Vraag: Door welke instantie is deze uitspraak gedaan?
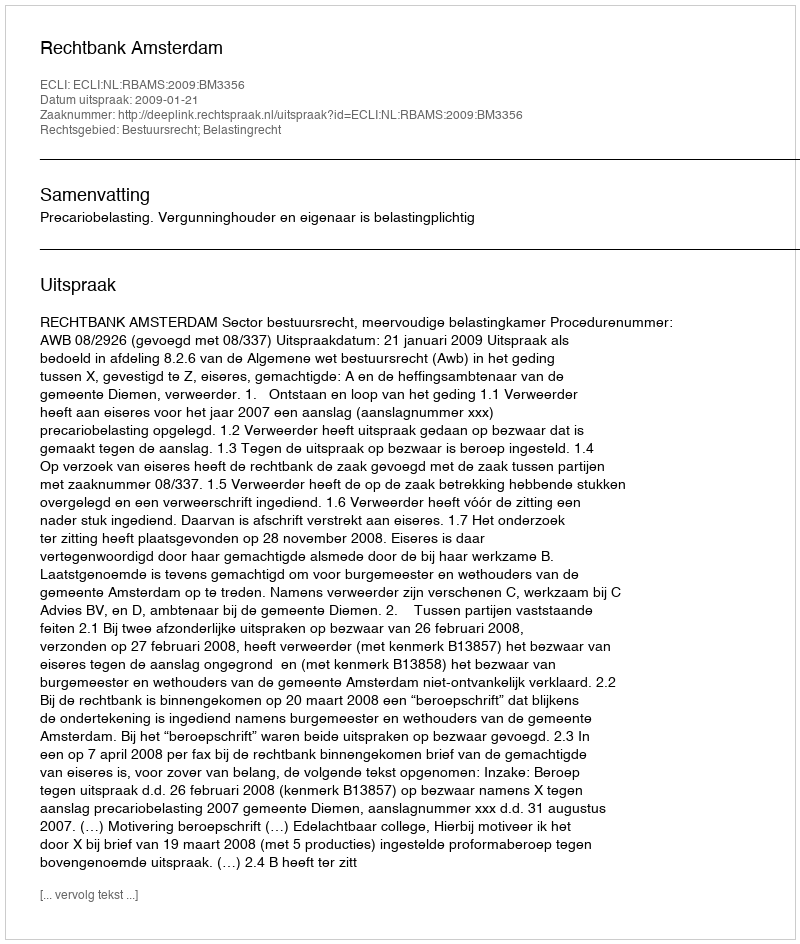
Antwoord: Rechtbank Amsterdam